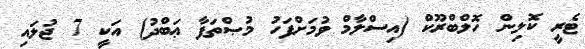
ޓެރީ ކޮލިން ހޮލްބްރޫކް (އިސްލާމް ވުމަށްފަހު މުޞްތަފާ ޢަބްދު) އަކީ 7 ޖުލައި